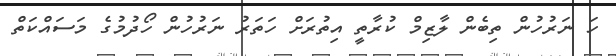
ހަ ނަރުހުން ތިބެން ލާޒިމް ކުރާތީ އިތުރަށް ހަތަރު ނަރުހުން ހޯދުމުގެ މަސައްކަތް